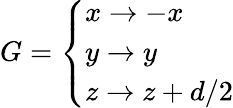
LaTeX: G=\left\{ \begin{array}{ll}{x\rightarrow-x}\\ {y\rightarrow y}\\ {z\rightarrow z+d/2}\end{array}\right.